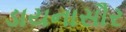
ડાયનાસૌર